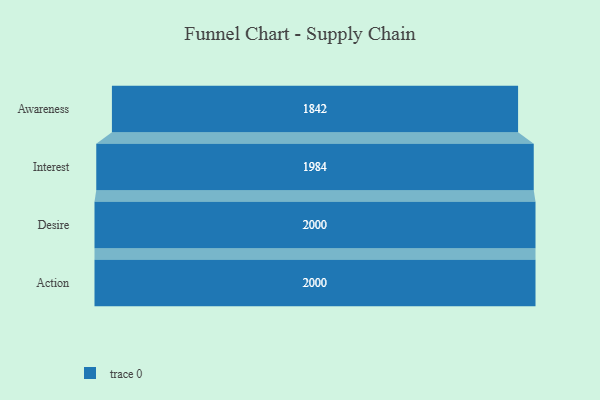
{"axis": {"x": "Stage", "y": "Value"}, "legend": [""], "data": [{"x": "Awareness", "y": 1842.0, "type": ""}, {"x": "Interest", "y": 1984.0, "type": ""}, {"x": "Desire", "y": 2000, "type": ""}, {"x": "Action", "y": 2000, "type": ""}]}